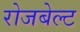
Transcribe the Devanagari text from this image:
रोजबेल्ट